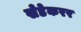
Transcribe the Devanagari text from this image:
खेडेकरर